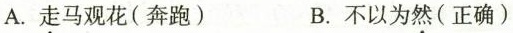
A.\underset{·}{走}马观花(奔跑) B.不以为\underset{·}{然}(正确)